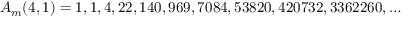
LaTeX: A _ { m } ( 4 , 1 ) = 1 , 1 , 4 , 2 2 , 1 4 0 , 9 6 9 , 7 0 8 4 , 5 3 8 2 0 , 4 2 0 7 3 2 , 3 3 6 2 2 6 0 , \ldots